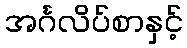
အင်္ဂလိပ်စာနှင့်